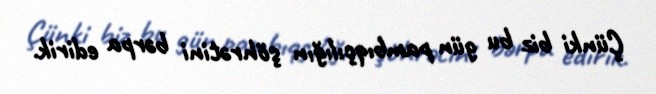
Çünki biz bu gün pambıqçılığın şöhrətini bərpa edirik.